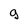
Character: g